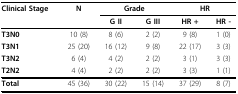
<table><thead><tr><td><b>Clinical Stage</b></td><td><b>N</b></td><td colspan="2"><b>Grade</b></td><td colspan="2"><b>HR</b></td></tr><tr><td></td><td></td><td><b>G II</b></td><td><b>G III</b></td><td><b>HR +</b></td><td><b>HR -</b></td></tr></thead><tbody><tr><td><b>T3N0</b></td><td>10 (8)</td><td>8 (6)</td><td>2 (2)</td><td>9 (8)</td><td>1 (0)</td></tr><tr><td><b>T3N1</b></td><td>25 (20)</td><td>16 (12)</td><td>9 (8)</td><td>22 (17)</td><td>3 (3)</td></tr><tr><td><b>T3N2</b></td><td>6 (4)</td><td>4 (2)</td><td>2 (2)</td><td>3 (1)</td><td>3 (3)</td></tr><tr><td><b>T2N2</b></td><td>4 (4)</td><td>2 (2)</td><td>2 (2)</td><td>3 (3)</td><td>1 (1)</td></tr><tr><td><b>Total</b></td><td>45 (36)</td><td>30 (22)</td><td>15 (14)</td><td>37 (29)</td><td>8 (7)</td></tr></tbody></table>